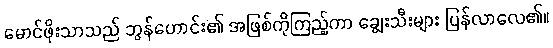
မောင်ဖိုးသာသည် ဘွန်ဟောင်း၏ အဖြစ်ကိုကြည့်ကာ ချွေးသီးများ ပြန်လာလေ၏။